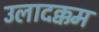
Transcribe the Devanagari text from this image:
उलादक्कम